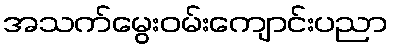
အသက်မွေးဝမ်းကျောင်းပညာ